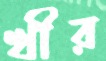
খীর